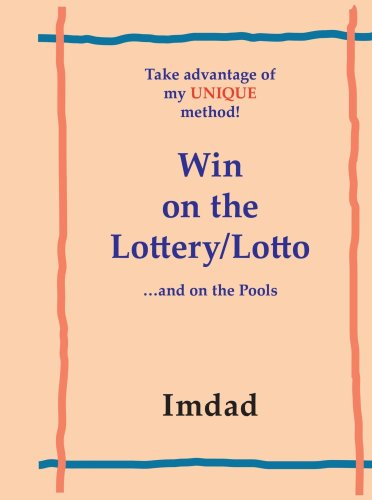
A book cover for Take advantage of my UNIQUE method to Win on the Lottery/Lotto; Imdad; Health, Fitness & Dieting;